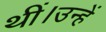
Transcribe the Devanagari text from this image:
थीं।उन्हें